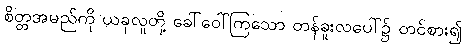
စိတ္တအမည်ကို ယခုလူတို့ ခေါ်ဝေါ်ကြသော တန်ခူးလပေါ်၌ တင်စား၍